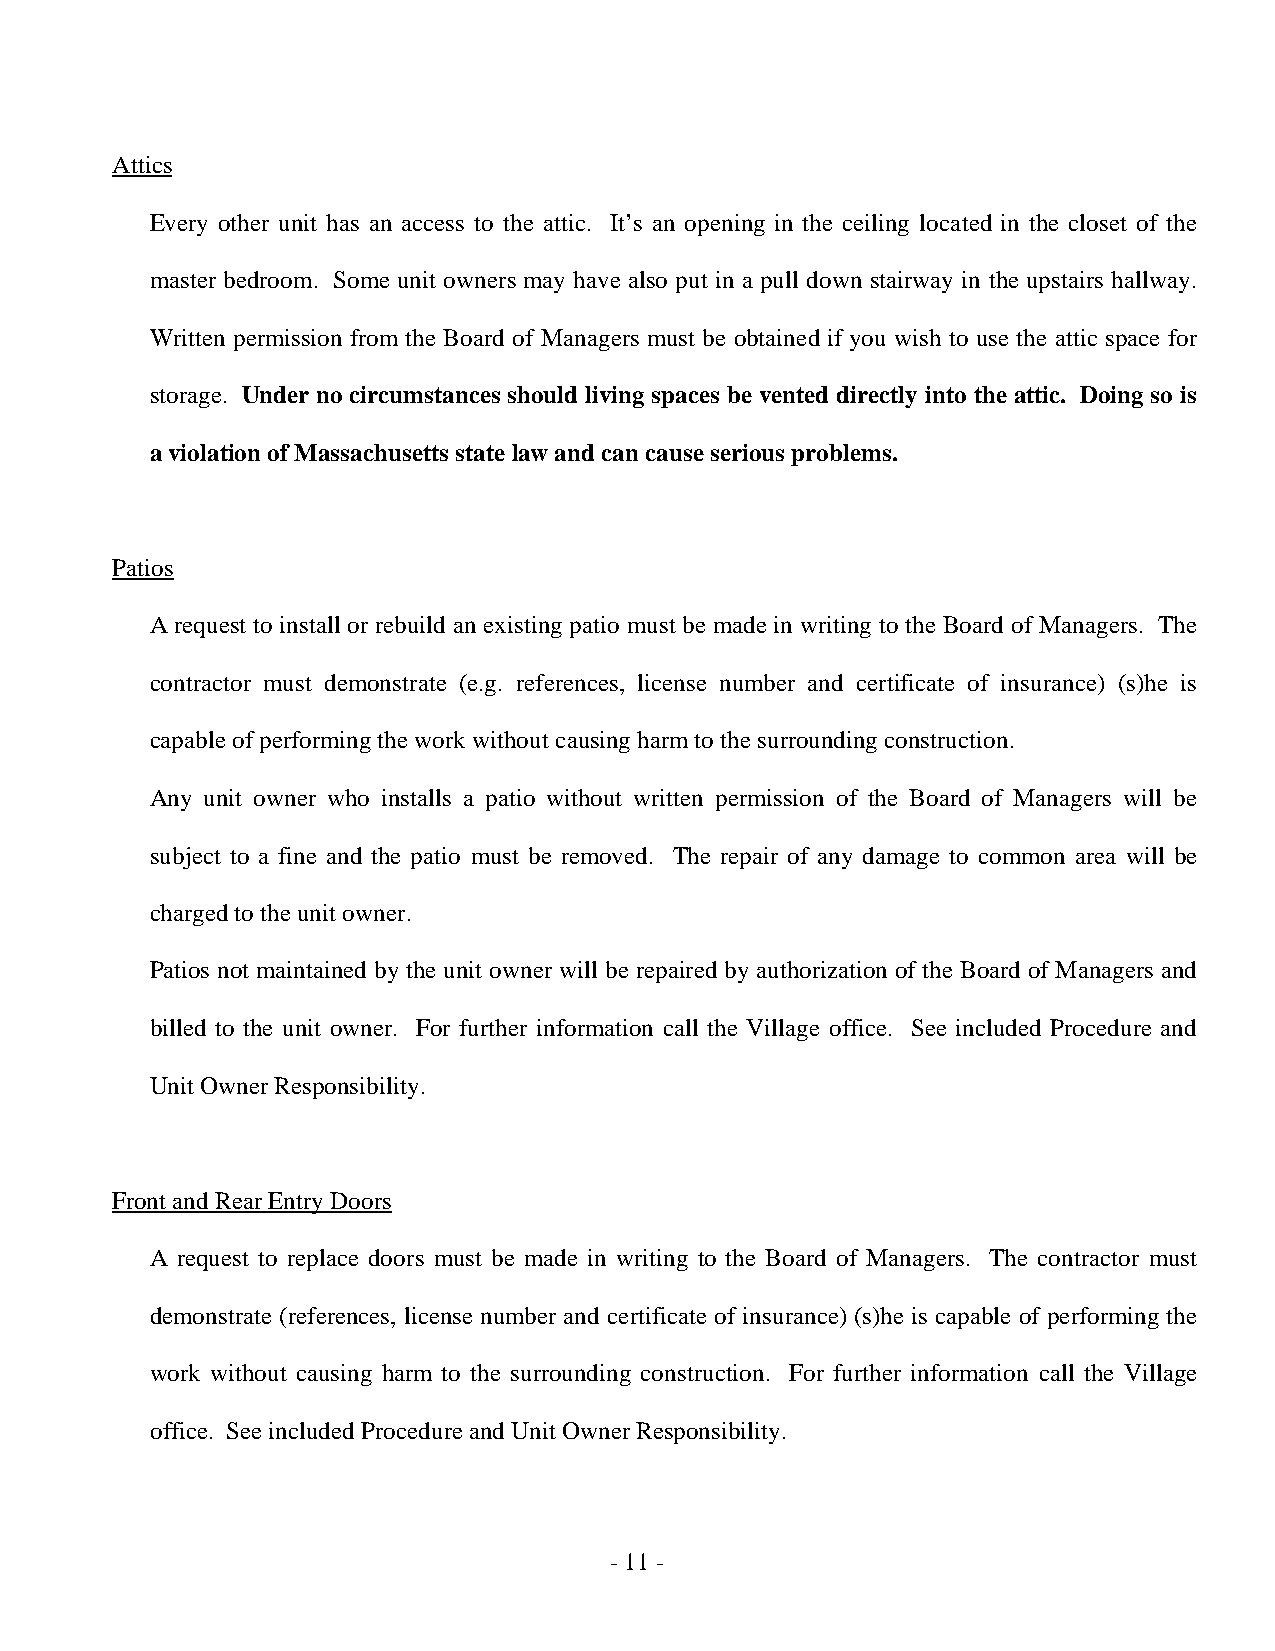
Attics
 Every other unit has an access to the attic. It’s an opening in the ceiling located in the closet of the
 master bedroom. Some unit owners may have also put in a pull down stairway in the upstairs hallway.
 Written permission from the Board of Managers must be obtained if you wish to use the attic space for
 storage. Under no circumstances should living spaces be vented directly into the attic. Doing so is
 a violation of Massachusetts state law and can cause serious problems.
 Patios
 A request to install or rebuild an existing patio must be made in writing to the Board of Managers. The
 contractor must demonstrate (e.g. references, license number and certificate of insurance) (s)he is
 capable of performing the work without causing harm to the surrounding construction.
 Any unit owner who installs a patio without written permission of the Board of Managers will be
 subject to a fine and the patio must be removed. The repair of any damage to common area will be
 charged to the unit owner.
 Patios not maintained by the unit owner will be repaired by authorization of the Board of Managers and
 billed to the unit owner. For further information call the Village office. See included Procedure and
 Unit Owner Responsibility.
 Front and Rear Entry Doors
 A request to replace doors must be made in writing to the Board of Managers. The contractor must
 demonstrate (references, license number and certificate of insurance) (s)he is capable of performing the
 work without causing harm to the surrounding construction. For further information call the Village
 office. See included Procedure and Unit Owner Responsibility.
 - 11 -